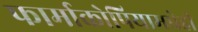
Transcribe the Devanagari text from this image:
फार्माकोपियामधेही